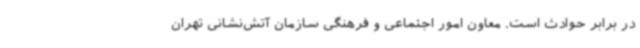
در برابر حوادث است. معاون امور اجتماعی و فرهنگی سازمان آتش‌نشانی تهران